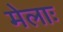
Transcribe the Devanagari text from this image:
मेलाः